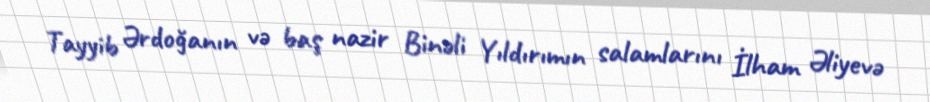
Tayyib Ərdoğanın və baş nazir Binəli Yıldırımın salamlarını İlham Əliyevə